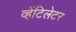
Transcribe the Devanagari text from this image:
व्हेंटिलेटर